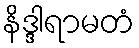
နိဒ္ဒါရာမတံ